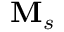
\mathbf { M } _ { s }